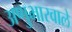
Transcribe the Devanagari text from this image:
अणुभारवाले